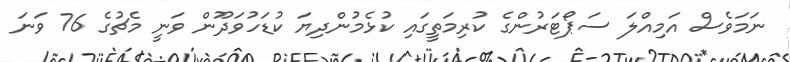
ނަމަވެސް އަމިއްލަ ސަޕޯޓަރުންގެ ކުރިމަތީގައި ކުޅެމުންދިޔަ ކުޑަހުވަދޫން ވަނީ މެޗުގެ 76 ވަނަ